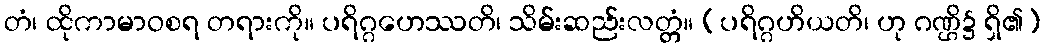
တံ၊ ထိုကာမာဝစရ တရားကို။ ပရိဂ္ဂဟေဿတိ၊ သိမ်းဆည်းလတ္တံ။ (ပရိဂ္ဂဟိယတိ၊ ဟု ဂဏ္ဌိ၌ ရှိ၏)